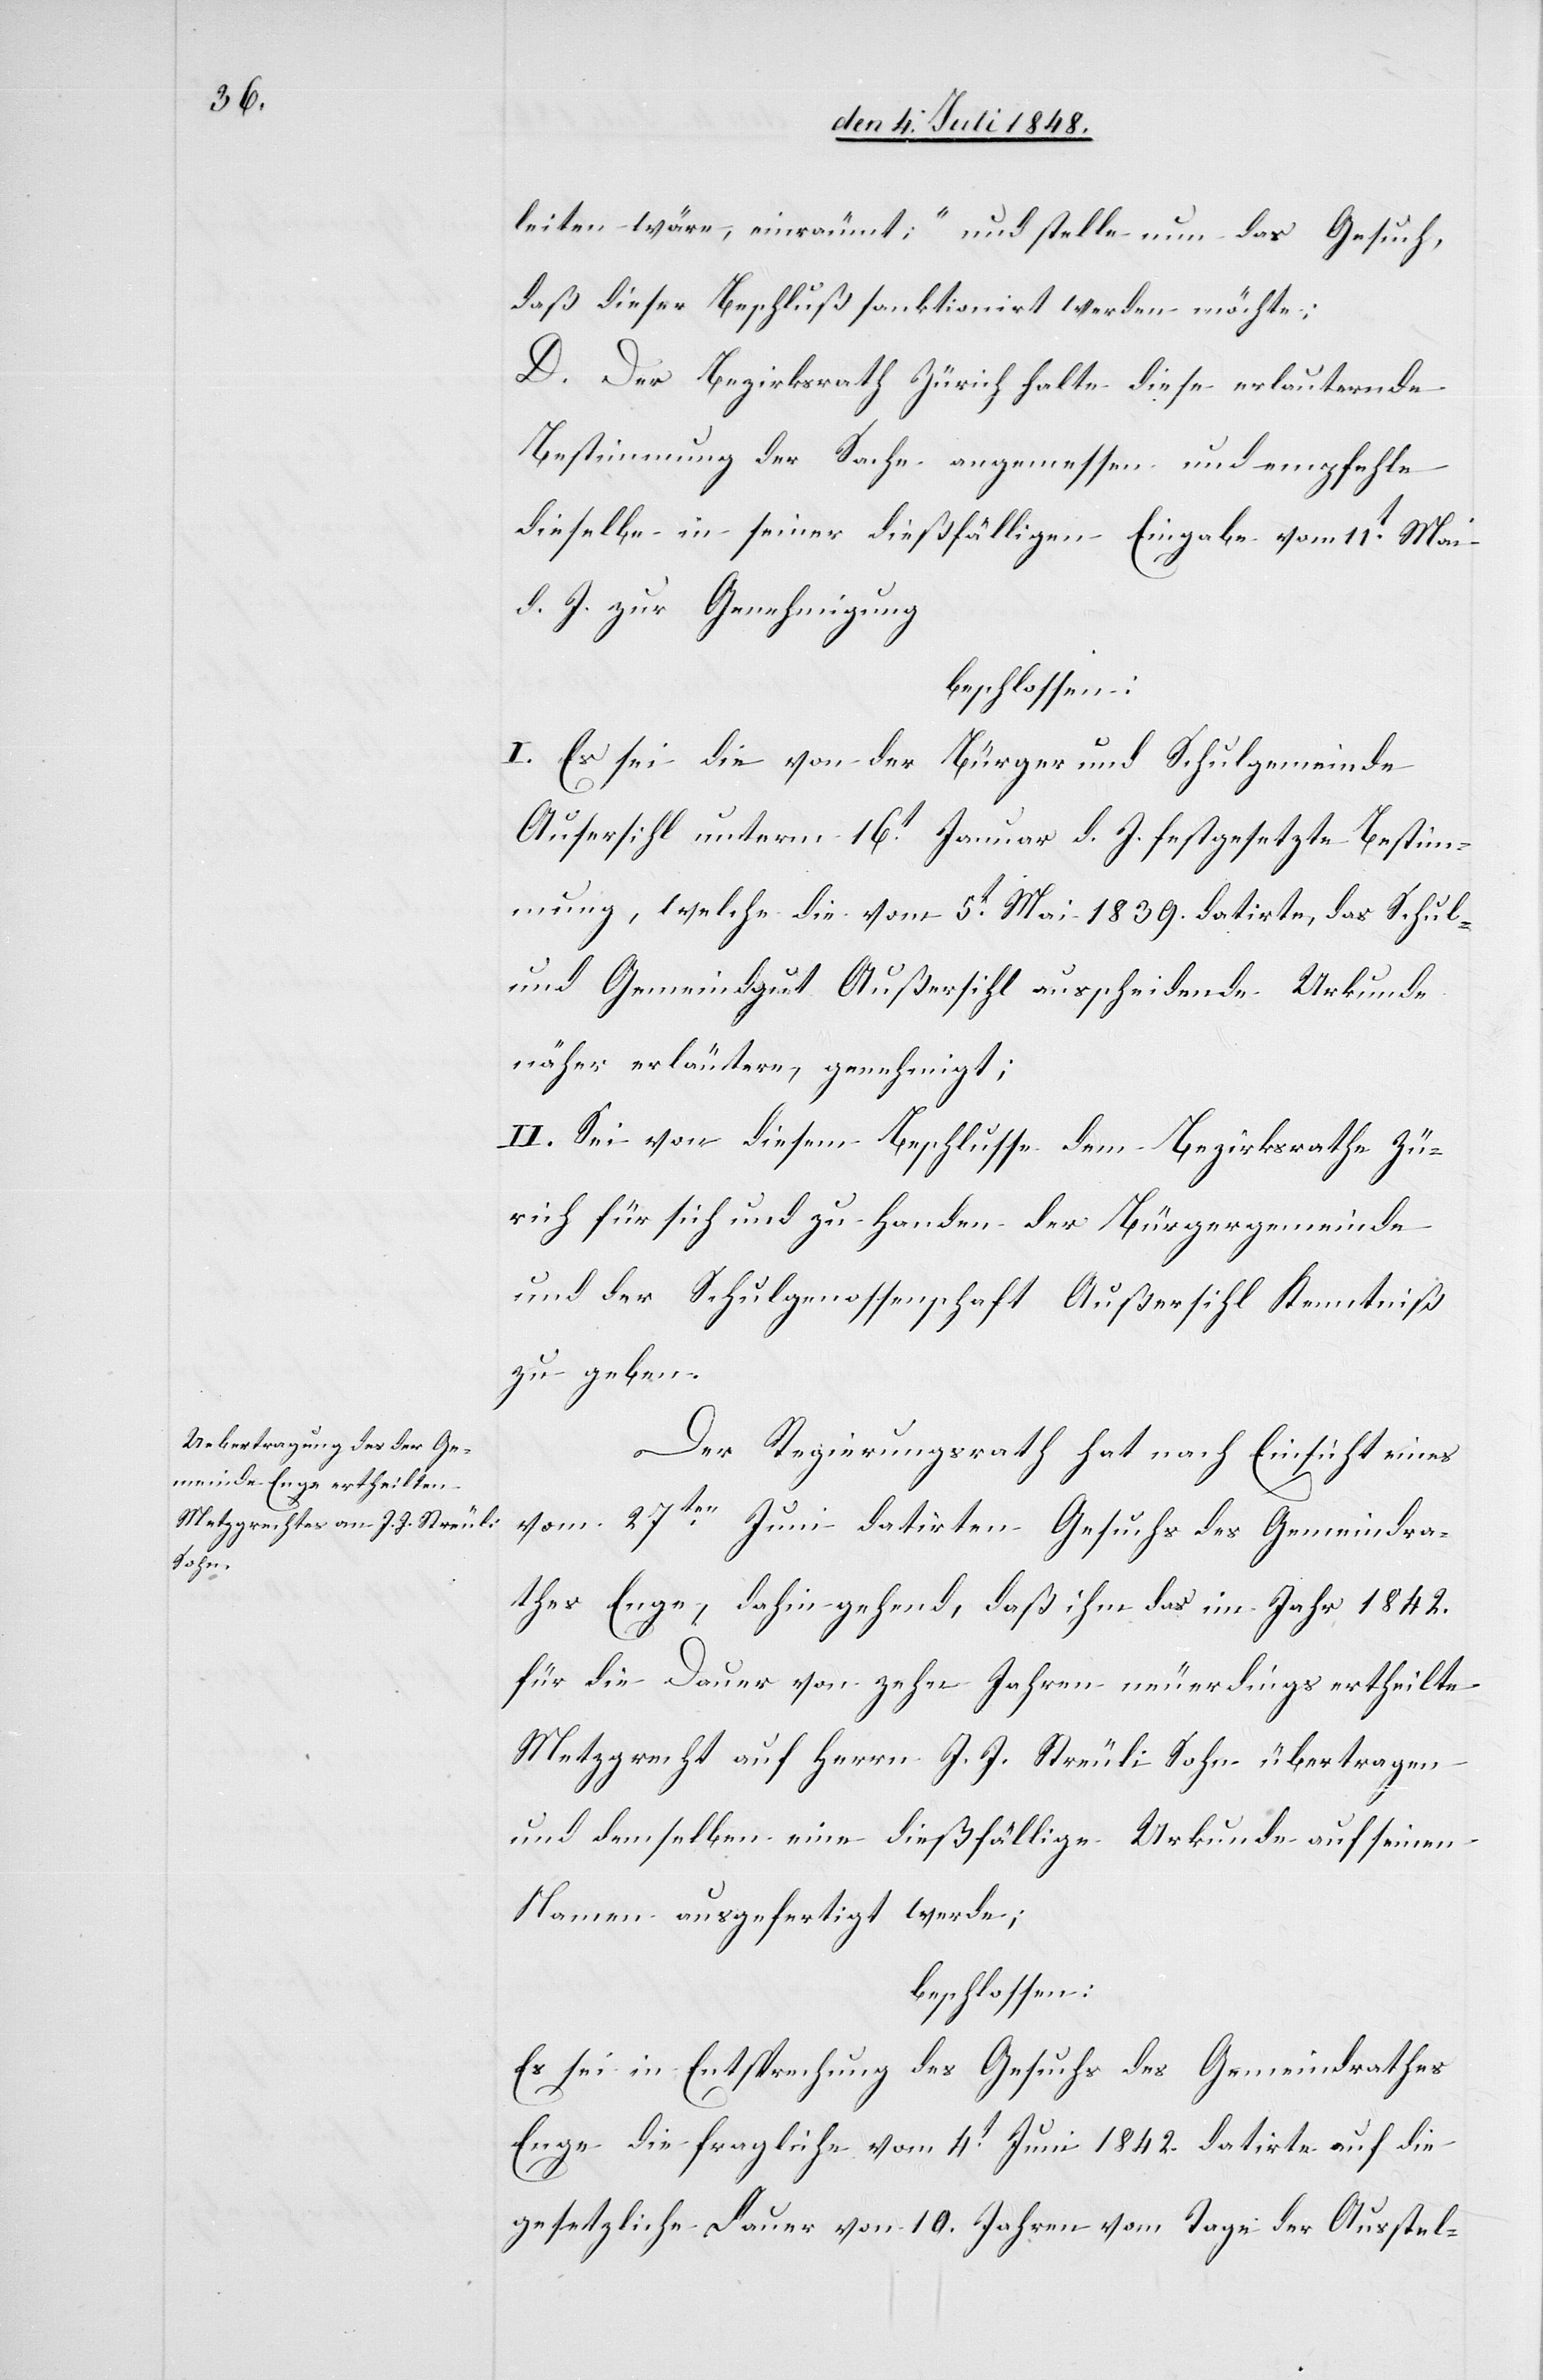
leiten wäre, einräumt;“ und stelle nun das Gesuch,
daß dieser Beschluß sanktionirt werden möchte;
D. Der Bezirksrath Zürich halte diese erlauternde
Bestimmung der Sache angemessen und empfehle
dieselbe in seiner dießfälligen Eingabe vom 11t Mai
d. J. zur Genehmigung.
beschlossen:
I. Es sei die von der Bürger und Schulgemeinde
[sic!] unterm 16t Januar d. J. festgesetzten Bestim¬
mung, welche die vom 5t Mai 1839. datirte, das Schul-
und Gemeindgut Außersihl ausscheidende Urkunde
näher erläutern, genehmigt;
II. Sei von diesem Beschlusse dem Bezirksrathe Zü¬
rich für sich und zu Handen der Bürgergemeinde
und der Schulgenossenschaft Außersihl Kenntniß
zu geben.
Der Regierungsrath hat nach Einsicht eines
vom 27ten Juni datirten Gesuchs des Gemeindra¬
thes Enge, dahin gehend, daß ihm das im Jahr 1842.
für die Dauer von Zehn Jahren neuerdings ertheilte
Metzgrecht auf Herrn J. J. Streuli Sohn übertragen
und demselben eine dießfällige Urkunde auf seinen
Namen ausgefertigt werde;
beschlossen:
Es sei in Entsprechung des Gesuchs des Gemeindrathes
Enge die fragliche vom 4t Juni 1842. datirte auf die
gesetzliche Dauer von 10. Jahren vom Tage der Ausstel-